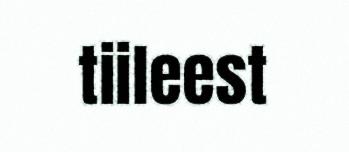
tiileest